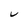
Character: V